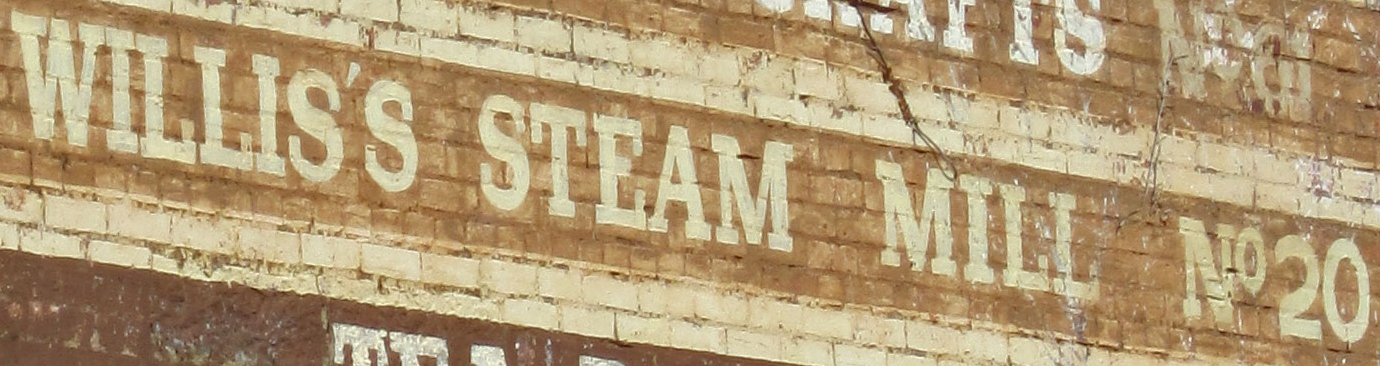
WILLIS'S STEAM MILL NO20